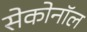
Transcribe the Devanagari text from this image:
सेकोनॉल